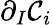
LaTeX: \partial_{I}\mathcal{C}_{i}